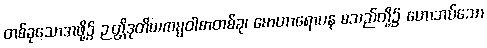
တစ်ခုသောအဖို့၌ ဉတ္တိဒုတိယကမ္မဝါစာတစ်ခု၊ မောဟာရောပန စသည်တို့၌ ဟောအပ်သော